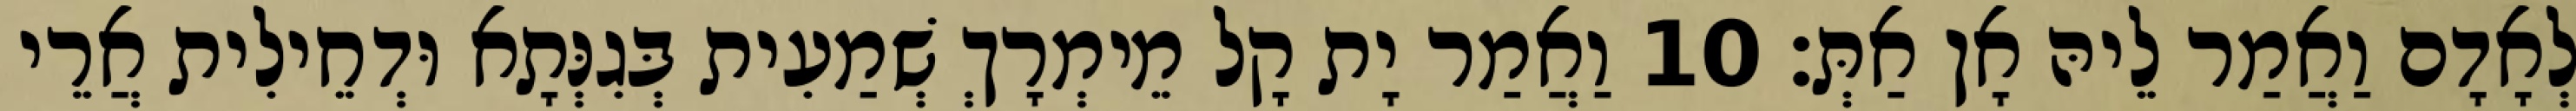
לְאָדָם וַאֲמַר לֵיהּ אָן אַתְּ׃ 10 וַאֲמַר יָת קָל מֵימְרָךְ שְׁמַעִית בְּגִנְּתָא וּדְחֵילִית אֲרֵי